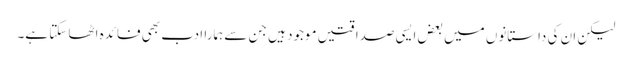
لیکن ان کی داستانوں میں بعض ایسی صداقتیں موجود ہیں جن سے ہمارا ادب بھی فائدہ اٹھا سکتا ہے۔